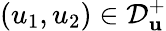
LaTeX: (u_{1},u_{2})\in\mathcal{D}_{\mathbf{u}}^{+}